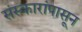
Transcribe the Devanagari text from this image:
संस्कारांपासून